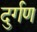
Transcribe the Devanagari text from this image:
दुर्गण